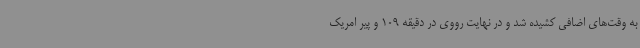
به وقت‌های اضافی کشیده شد و در نهایت رووی در دقیقه 109 و پیر امریک